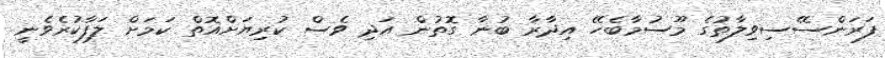
ފަރަންސޭސިވިލާތުގެ މޫސުމާބެހޭ އިދާރާ ބުނާ ގޮތުން އަދި ވެސް ކުރިޔަށްއޮތް ކަމަށް ލަފާކުރެވެނީ